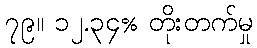
၇၉။ ၁၂.၃၄% တိုးတက်မှု